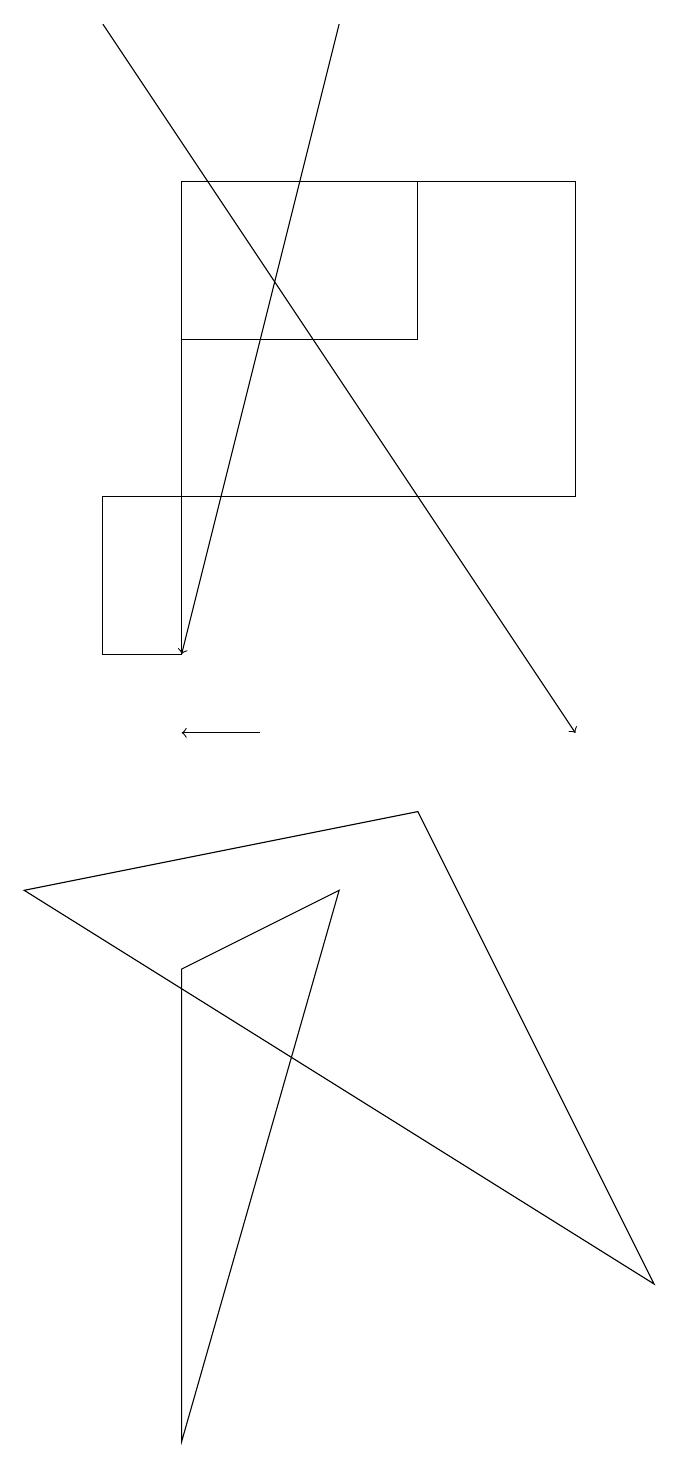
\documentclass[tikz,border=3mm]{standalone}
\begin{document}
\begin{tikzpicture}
\draw (0,8) -- (5,9) -- (8,3) -- cycle;
\draw (2,17) rectangle (7,13);
\draw[->] (3,10) -- (2,10);
\draw[->] (1,19) -- (7,10);
\draw[->] (4,19) -- (2,11);
\draw (2,17) rectangle (5,15);
\draw (2,13) rectangle (1,11);
\draw (4,8) -- (2,7) -- (2,1) -- cycle;
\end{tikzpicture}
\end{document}